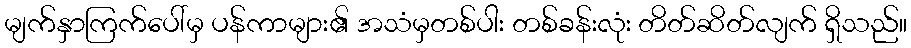
မျက်နှာကြက်ပေါ်မှ ပန်ကာများ၏ အသံမှတစ်ပါး တစ်ခန်းလုံး တိတ်ဆိတ်လျက် ရှိသည်။